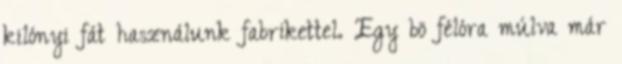
kilónyi fát használunk fabrikettel. Egy bö félóra múlva már